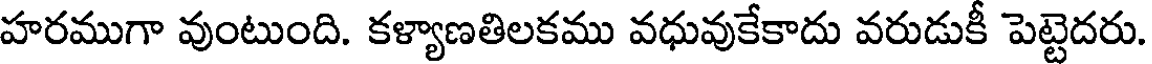
హరముగా వుంటుంది. కళ్యాణతిలకము వధువుకేకాదు వరుడుకీ పెట్టెదరు